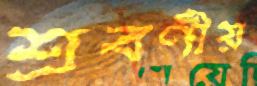
শ্রবণীয়